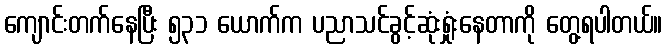
ကျောင်းတက်နေပြီး ၅၃၁ ယောက်က ပညာသင်ခွင့်ဆုံးရှုံးနေတာကို တွေ့ရပါတယ်။